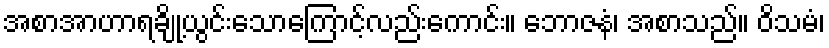
အစာအာဟာရချို့ယွင်းသောကြောင့်လည်းကောင်း။ ဘောဇနံ၊ အစာသည်။ ဝိသမံ၊